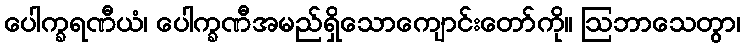
ပေါက္ခရဏီယံ၊ ပေါက္ခဏီအမည်ရှိသောကျောင်းတော်ကို။ ဩဘာသေတွာ၊